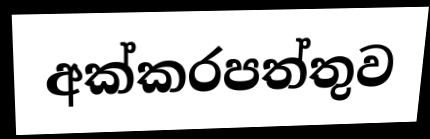
අක්කරපත්තුව